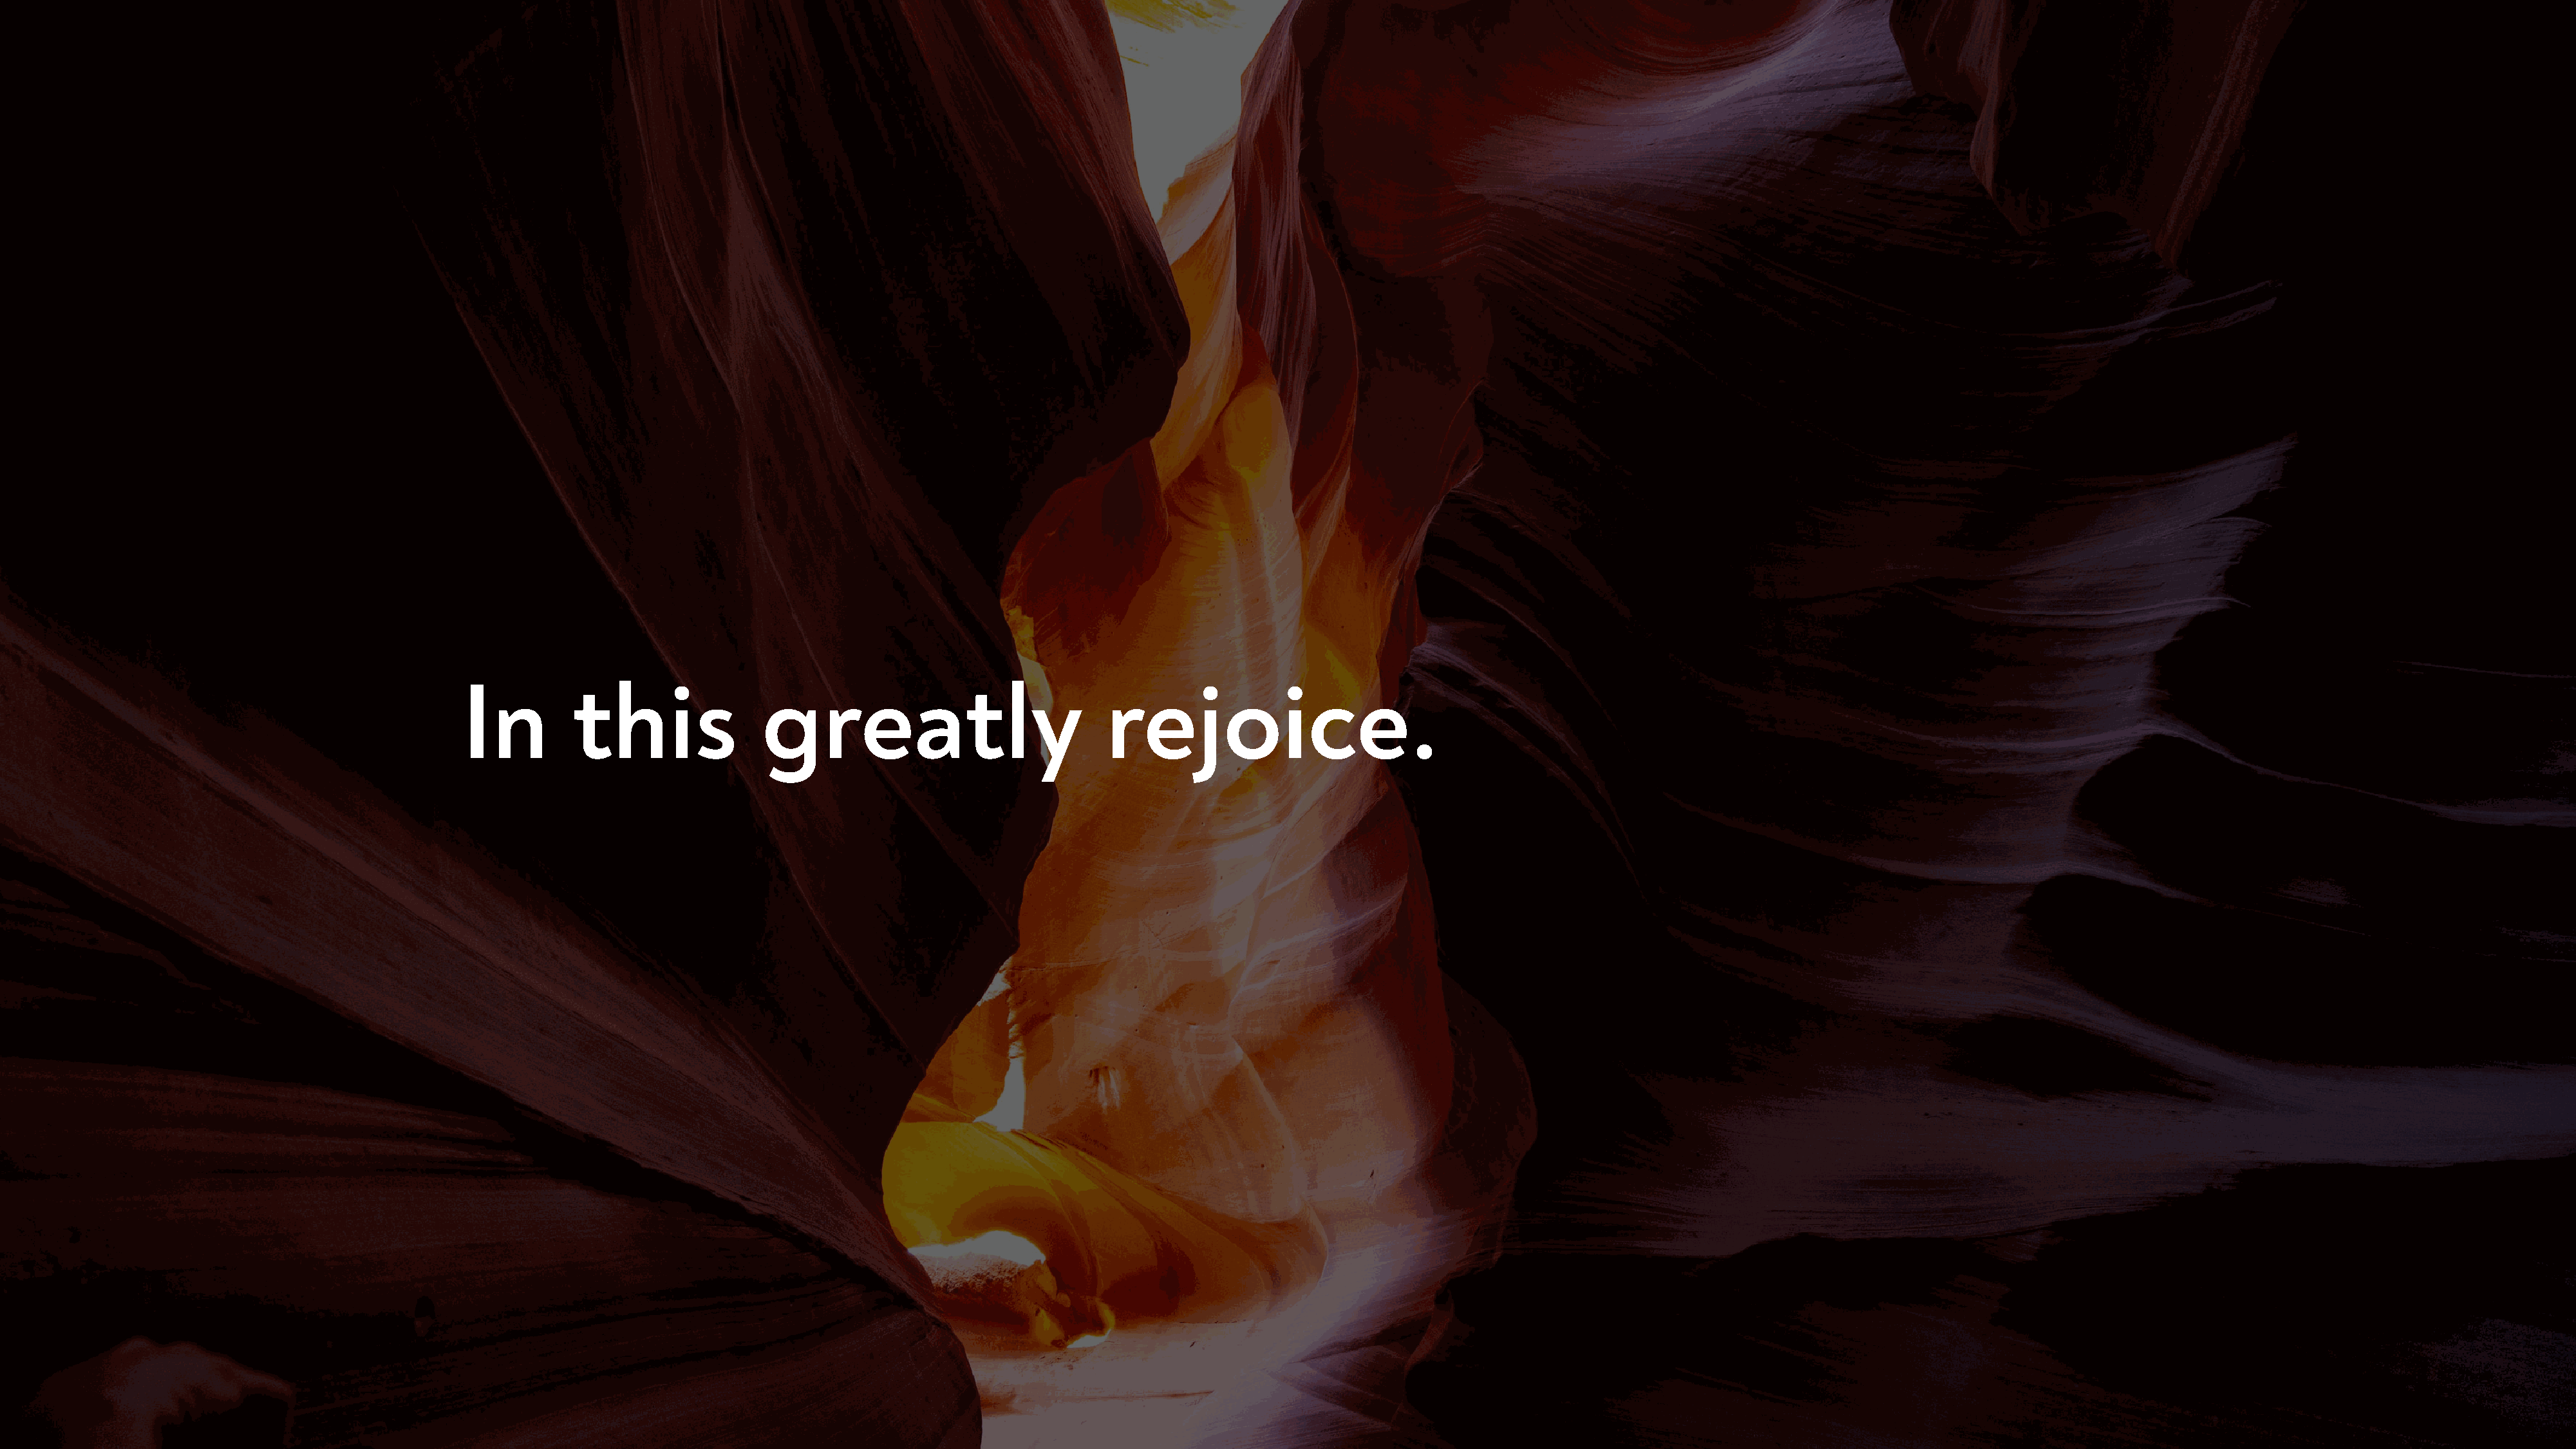
In          this               greatly                             rejoice.